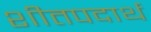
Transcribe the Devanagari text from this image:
शीतपदार्थ